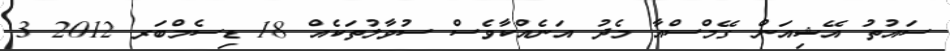
ސައުތު އޭޝިއަން ގޭމްސްއާ މެދު އަނެއްކާވެސް ސުވާލުތަކެއް 18 ޑިސެމްބަރ 2012 3